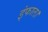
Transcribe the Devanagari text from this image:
इंफाल।